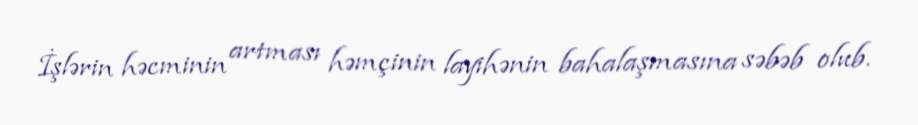
İşlərin həcminin artması həmçinin layihənin bahalaşmasına səbəb olub.